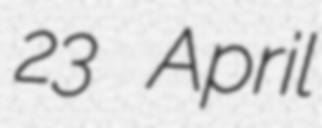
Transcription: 23 April